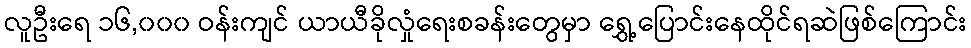
လူဦးရေ ၁၆,၀၀၀ ဝန်းကျင် ယာယီခိုလှုံရေးစခန်းတွေမှာ ရွှေ့ပြောင်းနေထိုင်ရဆဲဖြစ်ကြောင်း